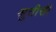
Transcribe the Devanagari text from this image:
श्रुतीसी